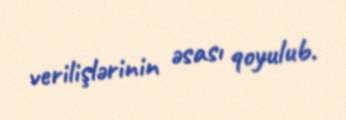
verilişlərinin əsası qoyulub.